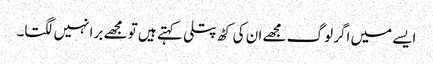
ایسے میں اگر لوگ مجھے ان کی کٹھ پتلی کہتے ہیں تو مجھے برا نہیں لگتا۔